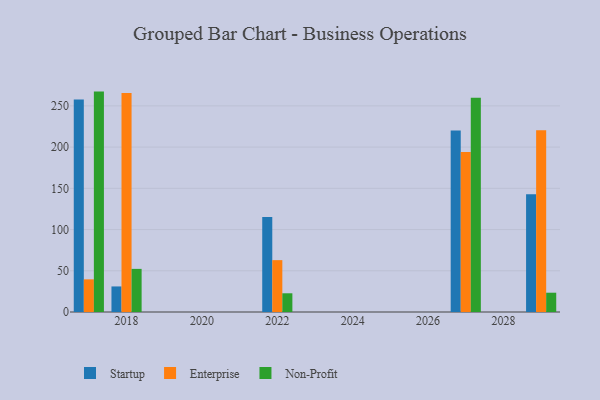
{"axis": {"x": "Year", "y": "Customer Acquisition Cost (USD)"}, "legend": ["Enterprise", "Non-Profit", "Startup"], "data": [{"x": "2029", "y": 142.9, "type": "Startup"}, {"x": "2029", "y": 220.4, "type": "Enterprise"}, {"x": "2029", "y": 23.4, "type": "Non-Profit"}, {"x": "2022", "y": 115.1, "type": "Startup"}, {"x": "2022", "y": 62.9, "type": "Enterprise"}, {"x": "2022", "y": 22.7, "type": "Non-Profit"}, {"x": "2018", "y": 31.0, "type": "Startup"}, {"x": "2018", "y": 265.5, "type": "Enterprise"}, {"x": "2018", "y": 52.3, "type": "Non-Profit"}, {"x": "2027", "y": 220.0, "type": "Startup"}, {"x": "2027", "y": 194.1, "type": "Enterprise"}, {"x": "2027", "y": 259.7, "type": "Non-Profit"}, {"x": "2017", "y": 257.6, "type": "Startup"}, {"x": "2017", "y": 39.6, "type": "Enterprise"}, {"x": "2017", "y": 267.3, "type": "Non-Profit"}]}